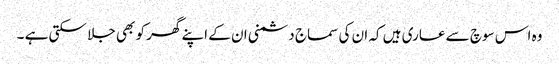
وہ اس سوچ سے عاری ہیں کہ ان کی سماج دشمنی ان کے اپنے گھر کو بھی جلا سکتی ہے ۔